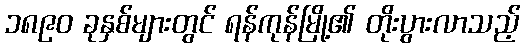
၁၈၉၀ ခုနှစ်များတွင် ရန်ကုန်မြို့၏ တိုးပွားလာသည့်